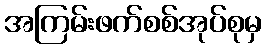
အကြမ်းဖက်စစ်အုပ်စုမှ